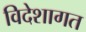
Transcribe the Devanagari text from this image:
विदेशागत